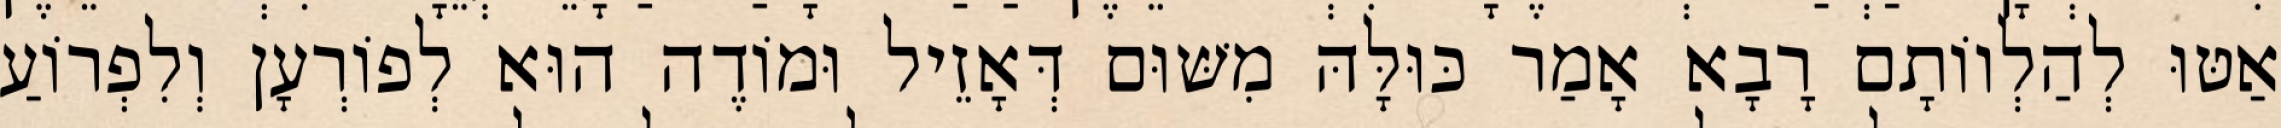
אַטּוּ לְהַלְווֹתָם רָבָא אָמַר כּוּלָּהּ מִשּׁוּם דְּאָזֵיל וּמוֹדֶה הוּא לְפוֹרְעָן וְלִפְרוֹעַ